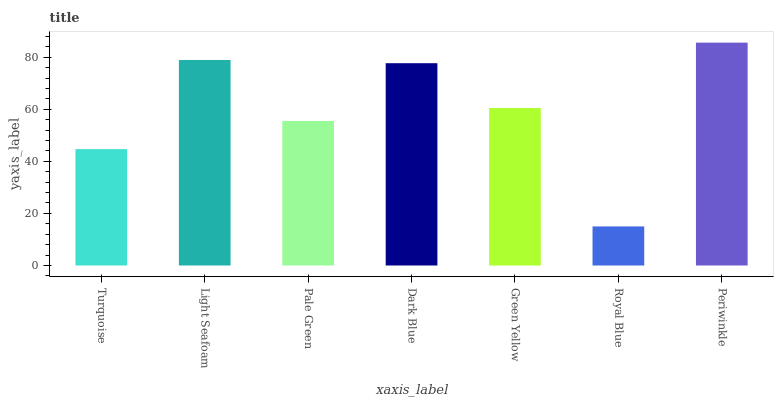
| xaxis_label | bars |
 | --- | --- |
 | Turquoise | 44.7 |
 | Light Seafoam | 78.9 |
 | Pale Green | 55.5 |
 | Dark Blue | 77.7 |
 | Green Yellow | 60.5 |
 | Royal Blue | 15 |
 | Periwinkle | 85.6 |